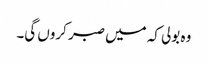
وہ بولی کہ میں صبر کروں گی۔